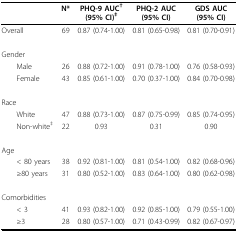
<table><thead><tr><td></td><td><b>N*</b></td><td><b>PHQ-9 AUC<sup>†</sup>(95% CI)<sup>‡</sup></b></td><td><b>PHQ-2 AUC(95% CI)</b></td><td><b>GDS AUC(95% CI)</b></td></tr></thead><tbody><tr><td>Overall</td><td>69</td><td>0.87 (0.74-1.00)</td><td>0.81 (0.65-0.98)</td><td>0.81 (0.70-0.91)</td></tr><tr><td>Gender</td><td></td><td></td><td></td><td></td></tr><tr><td> Male</td><td>26</td><td>0.88 (0.72-1.00)</td><td>0.91 (0.78-1.00)</td><td>0.76 (0.58-0.93)</td></tr><tr><td> Female</td><td>43</td><td>0.85 (0.61-1.00)</td><td>0.70 (0.37-1.00)</td><td>0.84 (0.70-0.98)</td></tr><tr><td>Race</td><td></td><td></td><td></td><td></td></tr><tr><td> White</td><td>47</td><td>0.88 (0.73-1.00)</td><td>0.87 (0.75-0.99)</td><td>0.85 (0.74-0.95)</td></tr><tr><td> Non-white<sup>‡</sup></td><td>22</td><td>0.93</td><td>0.31</td><td>0.90</td></tr><tr><td>Age</td><td></td><td></td><td></td><td></td></tr><tr><td> &lt; 80 years</td><td>38</td><td>0.92 (0.81-1.00)</td><td>0.81 (0.54-1.00)</td><td>0.82 (0.68-0.96)</td></tr><tr><td> ≥80 years</td><td>31</td><td>0.80 (0.52-1.00)</td><td>0.83 (0.64-1.00)</td><td>0.80 (0.62-0.98)</td></tr><tr><td>Comorbidities</td><td></td><td></td><td></td><td></td></tr><tr><td> &lt; 3</td><td>41</td><td>0.93 (0.82-1.00)</td><td>0.92 (0.85-1.00)</td><td>0.79 (0.55-1.00)</td></tr><tr><td> ≥3</td><td>28</td><td>0.80 (0.57-1.00)</td><td>0.71 (0.43-0.99)</td><td>0.82 (0.67-0.97)</td></tr></tbody></table>